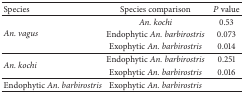
<table><thead><tr><td><b>Species </b></td><td><b>Species comparison </b></td><td><b><i>P</i> value </b></td></tr></thead><tbody><tr><td rowspan="3"><i>An. vagus </i></td><td><i>An. kochi </i></td><td>0.53</td></tr><tr><td>Endophytic <i>An. barbirostris </i></td><td>0.073</td></tr><tr><td>Exophytic <i>An. barbirostris </i></td><td>0.014</td></tr><tr><td rowspan="2"><i>An. kochi</i></td><td>Endophytic <i>An. barbirostris </i></td><td>0.251</td></tr><tr><td>Exophytic <i>An. barbirostris </i></td><td>0.016</td></tr><tr><td>Endophytic <i>An. barbirostris </i></td><td>Exophytic <i>An. barbirostris </i></td><td> </td></tr></tbody></table>